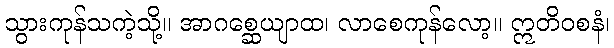
သွားကုန်သကဲ့သို့။ အာဂစ္ဆေယျာထ၊ လာစေကုန်လော့။ ဣတိဝစနံ၊